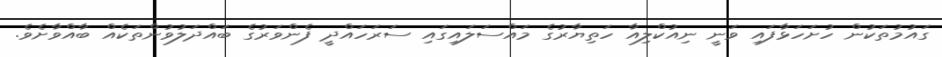
ގައުމުތަކުން ހުށަހަޅާފައި ވަނީ ނިއުކްލިއާ ހަތިޔާރުގެ މައްސަލައިގައި ސަރަހައްދީ ފެންވަރުގެ ބައްދަލުވުންތަކެއް ބާއްވާށެވެ.